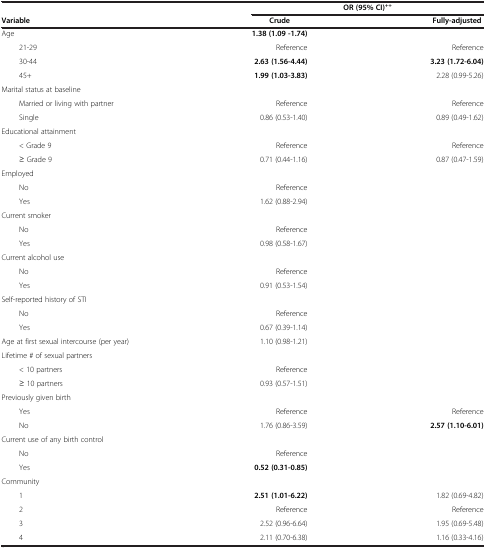
<table><thead><tr><td><b> </b></td><td><b> </b></td><td><b>OR (95% CI)<sup>++</sup></b></td></tr><tr><td><b>Variable</b></td><td><b>Crude</b></td><td><b>Fully-adjusted</b></td></tr></thead><tbody><tr><td>Age</td><td><b>1.38 (1.09 -1.74)</b></td><td> </td></tr><tr><td>21-29</td><td>Reference</td><td>Reference</td></tr><tr><td>30-44</td><td><b>2.63 (1.56-4.44)</b></td><td><b>3.23 (1.72-6.04)</b></td></tr><tr><td>45+</td><td><b>1.99 (1.03-3.83)</b></td><td>2.28 (0.99-5.26)</td></tr><tr><td>Marital status at baseline</td><td> </td><td> </td></tr><tr><td>Married or living with partner</td><td>Reference</td><td>Reference</td></tr><tr><td>Single</td><td>0.86 (0.53-1.40)</td><td>0.89 (0.49-1.62)</td></tr><tr><td>Educational attainment</td><td> </td><td> </td></tr><tr><td>&lt; Grade 9</td><td>Reference</td><td>Reference</td></tr><tr><td>≥ Grade 9</td><td>0.71 (0.44-1.16)</td><td>0.87 (0.47-1.59)</td></tr><tr><td>Employed</td><td> </td><td> </td></tr><tr><td>No</td><td>Reference</td><td> </td></tr><tr><td>Yes</td><td>1.62 (0.88-2.94)</td><td> </td></tr><tr><td>Current smoker</td><td> </td><td> </td></tr><tr><td>No</td><td>Reference</td><td> </td></tr><tr><td>Yes</td><td>0.98 (0.58-1.67)</td><td> </td></tr><tr><td>Current alcohol use</td><td> </td><td> </td></tr><tr><td>No</td><td>Reference</td><td> </td></tr><tr><td>Yes</td><td>0.91 (0.53-1.54)</td><td> </td></tr><tr><td>Self-reported history of STI</td><td> </td><td> </td></tr><tr><td>No</td><td>Reference</td><td> </td></tr><tr><td>Yes</td><td>0.67 (0.39-1.14)</td><td> </td></tr><tr><td>Age at first sexual intercourse (per year)</td><td>1.10 (0.98-1.21)</td><td> </td></tr><tr><td>Lifetime # of sexual partners</td><td> </td><td> </td></tr><tr><td>&lt; 10 partners</td><td>Reference</td><td> </td></tr><tr><td>≥ 10 partners</td><td>0.93 (0.57-1.51)</td><td> </td></tr><tr><td>Previously given birth</td><td> </td><td> </td></tr><tr><td>Yes</td><td>Reference</td><td>Reference</td></tr><tr><td>No</td><td>1.76 (0.86-3.59)</td><td><b>2.57 (1.10-6.01)</b></td></tr><tr><td>Current use of any birth control</td><td> </td><td> </td></tr><tr><td>No</td><td>Reference</td><td> </td></tr><tr><td>Yes</td><td><b>0.52 (0.31-0.85)</b></td><td> </td></tr><tr><td>Community</td><td> </td><td> </td></tr><tr><td>1</td><td><b>2.51 (1.01-6.22)</b></td><td>1.82 (0.69-4.82)</td></tr><tr><td>2</td><td>Reference</td><td>Reference</td></tr><tr><td>3</td><td>2.52 (0.96-6.64)</td><td>1.95 (0.69-5.48)</td></tr><tr><td>4</td><td>2.11 (0.70-6.38)</td><td>1.16 (0.33-4.16)</td></tr></tbody></table>